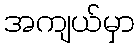
အကျယ်မှာ